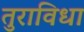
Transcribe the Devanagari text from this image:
तुराविधा